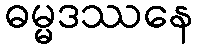
ဓမ္မဒဿနေ